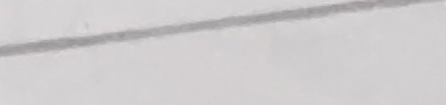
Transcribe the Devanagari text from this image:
गरिया केही रकमी काम